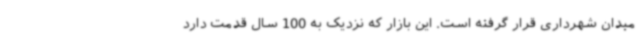
میدان شهرداری قرار گرفته است. این بازار که نزدیک به 100 سال قدمت دارد